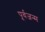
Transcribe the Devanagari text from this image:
पूर्वजन्‍म